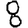
Digit: 8